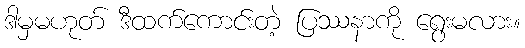
ဒါမှမဟုတ် ဒီထက်ကောင်းတဲ့ ပြဿနာကို ရွေးမလား။